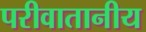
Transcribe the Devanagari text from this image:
परीवातानीय